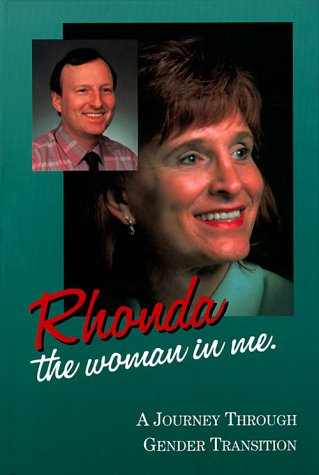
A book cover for Rhonda - The Woman in Me: A Journey Through Gender Transition; Rhonda D. Hoyman; Gay & Lesbian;